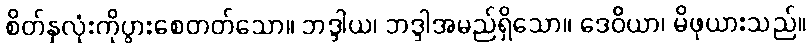
စိတ်နှလုံးကိုပွားစေတတ်သော။ ဘဒ္ဒါယ၊ ဘဒ္ဒါအမည်ရှိသော။ ဒေဝိယာ၊ မိဖုယားသည်။